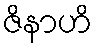
ဇိနာဟိ